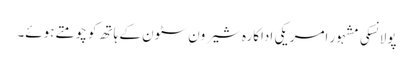
پولانسکی مشہور امریکی اداکارہ شیرون سٹون کے ہاتھ کو چومتے ہوئے۔